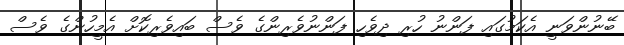
ބޭނުންވަނީ އެކަމުގައި ފަންނު ހުރި ދިވެހި ފަންނުވެރިންގެ ވެސް ބައިވެރިކޮށް އެމީހުންގެ ވެސް